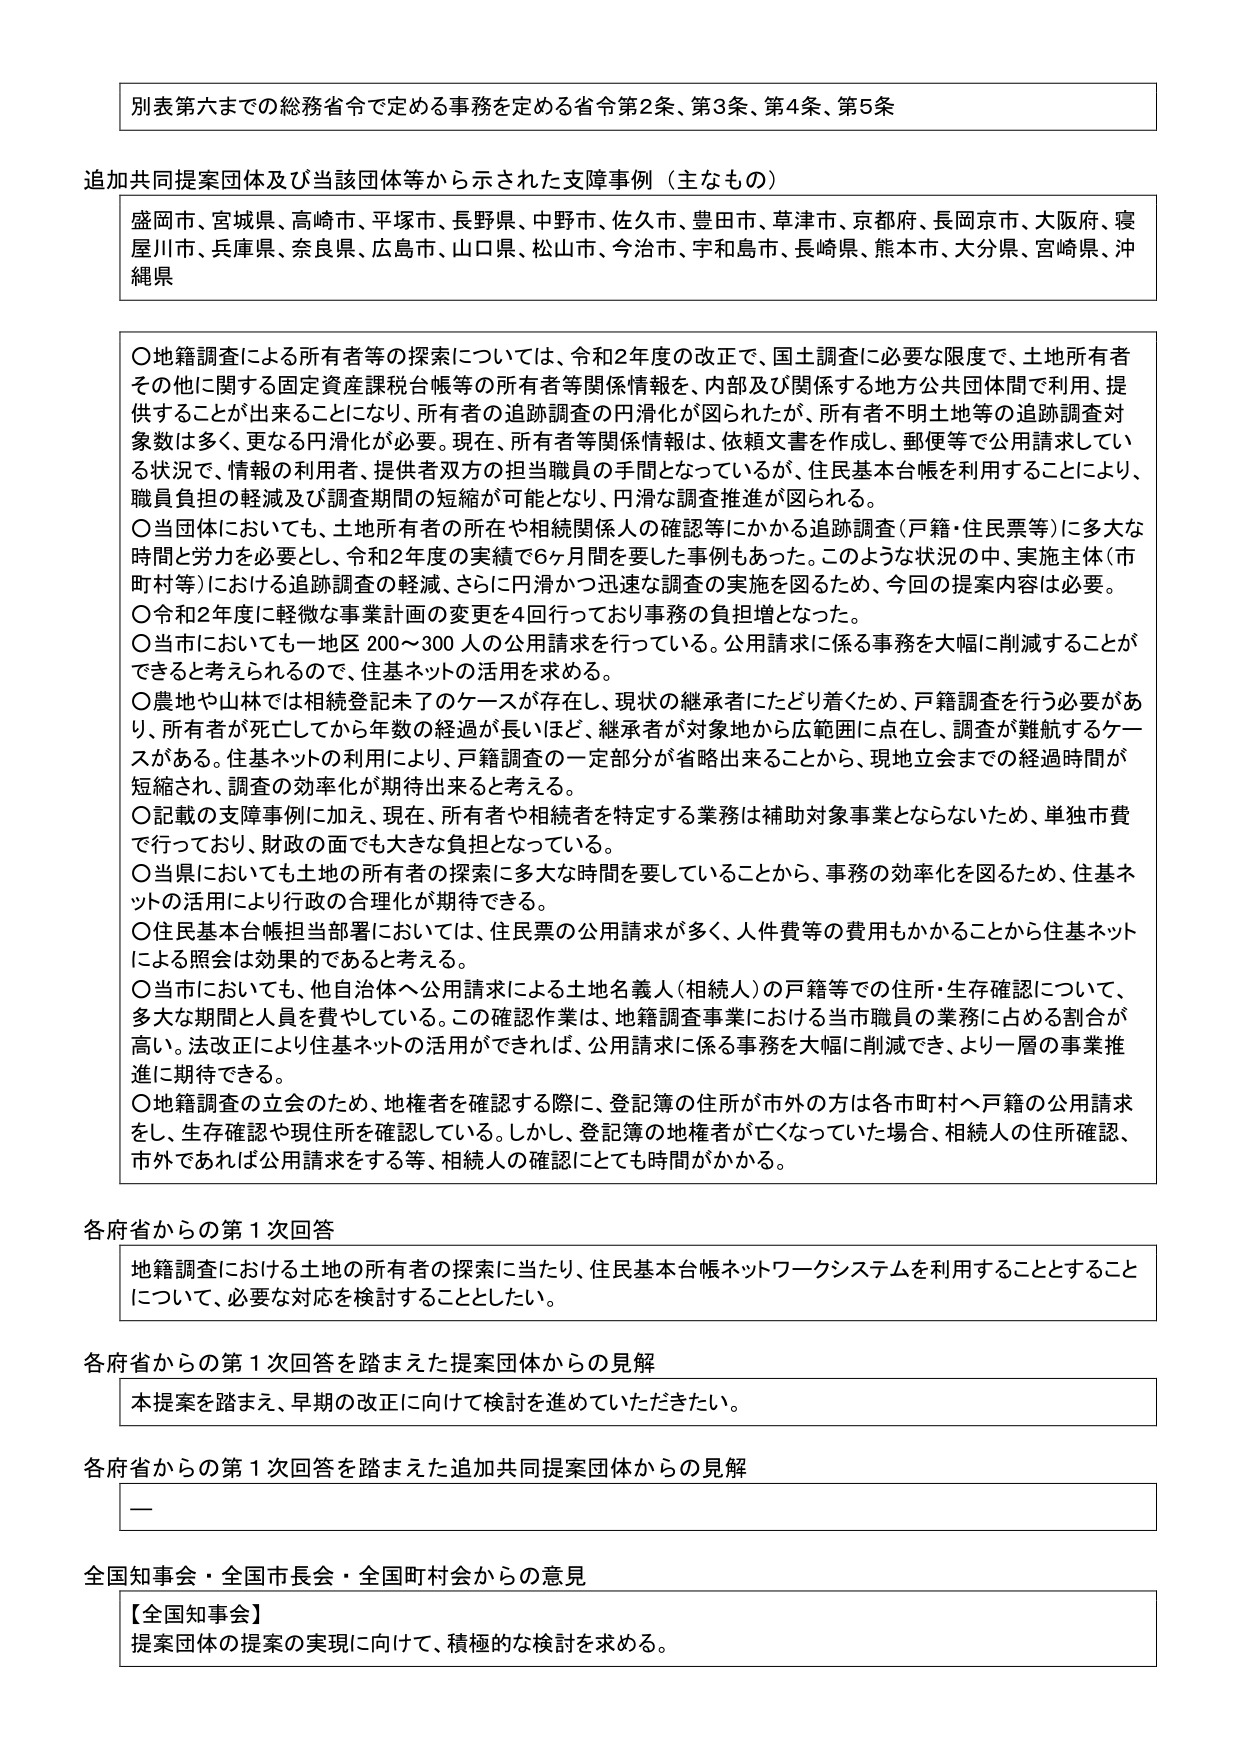
別表第六までの総務省令で定める事務を定める省令第2条、第3条、第4条、第5条

追加共同提案団体及び当該団体等から示された支援事例（主なもの）
盛岡市、宮城県、高崎市、平塚市、長野県、中野市、佐久市、豊田市、草津市、京都府、長岡京市、大阪府、寝屋川市、兵庫県、奈良県、広島市、山口県、松山市、今治市、宇和島市、長崎県、熊本市、大分県、宮崎県、沖縄県

〇地籍調査による所有者等の探索については、令和2年度の改正で、国土調査に必要な限度で、土地所有者その他に関する固定資産課税台帳等の所有者等関係情報を、内部及び関係する地方公共団体間で利用、提供することが出来ることになり、所有者等の追跡調査の円滑化が図られたが、所有者不明土地等の追跡調査対象数は多く、更なる円滑化が必要。現在、所有者等関係情報は、依頼文書を作成し、郵便等で公用請求している状況で、情報の利用者、提供者双方の担当職員の手間となっているが、住民基本台帳を利用することにより、職員負担の軽減及び調査期間の短縮が可能となり、円滑な調査推進が図られる。
〇当団体においても、土地所有者の所在や相続関係人の確認等にかかる追跡調査（戸籍・住民票等）に多大な時間と労力を必要とし、令和2年度の実績で6ヶ月間を要した事例もあった。このような状況の中、実施主体（市町村等）における追跡調査の軽減、さらに円滑かつ迅速な調査の実施を図るため、今回の提案内容は必要。
〇令和2年度に軽微な事業計画の変更を4回行っており事務の負担増となった。
〇当市においても一地区200～300人の公用請求を行っている。公用請求に係る事務を大幅に削減することができると考えられるので、住基ネットの活用を求める。
〇農地や山林では相続登記未了のケースが存在し、現状の継承者にたどり着くため、戸籍調査を行う必要があり、所有者が死亡してから年数の経過が長いほど、継承者が対象地から広範囲に点在し、調査が難航するケースがある。住基ネットの利用により、戸籍調査の一定部分が省略出来ることから、現地立会までの経過時間が短縮され、調査の効率化が期待出来ると考える。
〇記載の支援事例に加え、現在、所有者や相続者を特定する業務は補助対象事業とならないため、単独市費で行っており、財政の面でも大きな負担となっている。
〇当県においても土地の所有者の探索に多大な時間を要していることから、事務の効率化を図るため、住基ネットの活用により行政の合理化が期待できる。
〇住民基本台帳担当部署においては、住民票の公用請求が多く、人件費等の費用もかかることから住基ネットによる照会は効果的であると考える。
〇当市においても、他自治体へ公用請求による土地名義人（相続人）の戸籍等での住所・生存確認について、多大な期間と人員を費やしている。この確認作業は、地籍調査事業における当市職員の業務に占める割合が高い。法改正により住基ネットの活用ができれば、公用請求に係る事務を大幅に削減でき、より一層の事業推進に期待できる。
〇地籍調査の立会のため、地権者を確認する際に、登記簿の住所が市外の方は各市町村へ戸籍の公用請求をし、生存確認や現住所を確認している。しかし、登記簿の地権者が亡くなっていた場合、相続人の住所確認、市外であれば公用請求をする等、相続人の確認にとても時間がかかる。

各府省からの第1次回答
地籍調査における土地の所有者の探索に当たり、住民基本台帳ネットワークシステムを利用することとすることについて、必要な対応を検討することとしたい。

各府省からの第1次回答を踏まえた提案団体からの見解
本提案を踏まえ、早期の改正に向けて検討を進めていただきたい。

各府省からの第1次回答を踏まえた追加共同提案団体からの見解
—

全国知事会・全国市長会・全国町村会からの意見
【全国知事会】
提案団体の提案の実現に向けて、積極的な検討を求める。